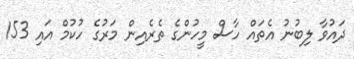
ދައުވާ ލިބުނު އެތައް ހާސް މީހުންގެ ތެރެއިން މަރުގެ ހުކުމް އައި 153